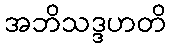
အဘိသဒ္ဒဟတိ